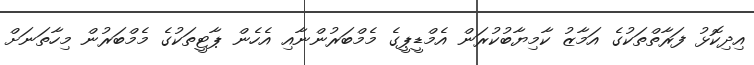
އިދިކޮޅު ފަރާތްތަކުގެ އަމާޒު ކާމިޔާބުކުރަން އެމްޑީޕީގެ މެމްބަރުންނާއި އެހެން ޕާޓީތަކުގެ މެމްބަރުން މިހާތަނަށް